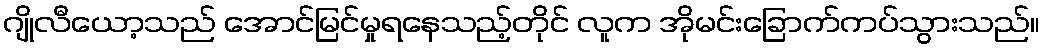
ဂျိုလီယော့သည် အောင်မြင်မှုရနေသည့်တိုင် လူက အိုမင်းခြောက်ကပ်သွားသည်။